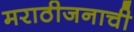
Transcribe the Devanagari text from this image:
मराठीजनाची